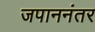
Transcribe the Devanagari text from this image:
जपाननंतर